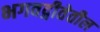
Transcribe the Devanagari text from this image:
भगवद्गीतेतील